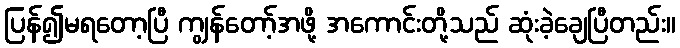
ပြန်၍မရတော့ပြီ ကျွန်တော့်အဖို့ အကောင်းတို့သည် ဆုံးခဲ့ချေပြီတည်း။